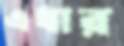
এধার